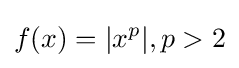
f(x)=|x^{p}|,p>2